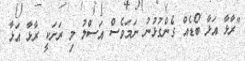
"ރާޅާ އަޅާ ބޯޑެއް ގެންގުޅުނު ނަމަވެސް އަސްލު މި ރަށަކީ ރާޅާ އަޅާ